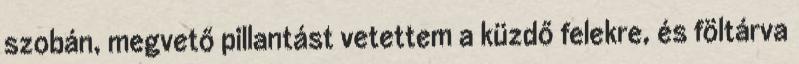
szobán, megvető pillantást vetettem a küzdő felekre, és föltárva